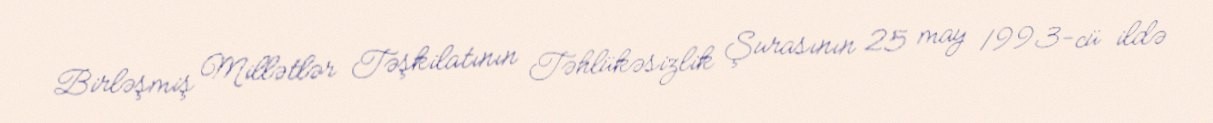
Birləşmiş Millətlər Təşkilatının Təhlükəsizlik Şurasının 25 may 1993-cü ildə